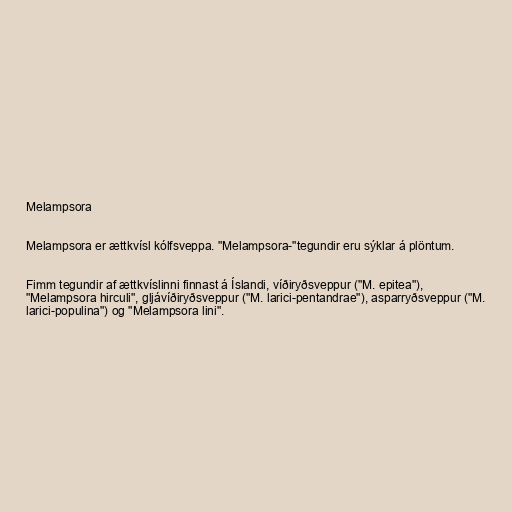
Melampsora

Melampsora er ættkvísl kólfsveppa. "Melampsora-"tegundir eru sýklar á plöntum.

Fimm tegundir af ættkvíslinni finnast á Íslandi, víðiryðsveppur ("M. epitea"),
"Melampsora hirculi", gljávíðiryðsveppur ("M. larici-pentandrae"), asparryðsveppur ("M.
larici-populina") og "Melampsora lini".